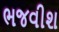
ભજવીશ